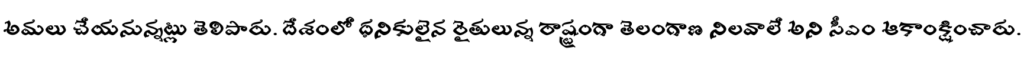
అమలు చేయనున్నట్లు తెలిపారు. దేశంలో ధనికులైన రైతులున్న రాష్ట్రంగా తెలంగాణ నిలవాలే అని సీఎం ఆకాంక్షించారు.